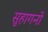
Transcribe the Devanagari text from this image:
सुहागनों